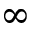
\infty